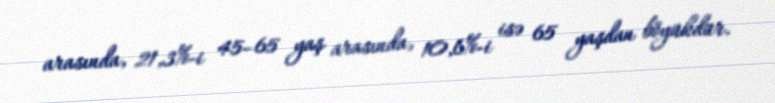
arasında, 21,3%-i 45–65 yaş arasında, 10,6%-i isə 65 yaşdan böyükdür.